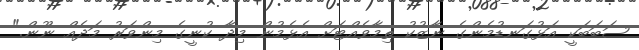
ސަބަބަކީ އަޅުގަނޑުމެންގެ ނާޒުކު ތިމާވެއްޓަށް އެޅެމުން މިދާ ކުނީގެ މިންވަރު މަދެއް ނޫން."